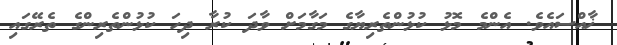
ޚާއްސައެވެ. އެންމެ މޮޅު ކުޅުންތެރިޔާގެ މަގާމަށް ވާދަ ކުރާ ދިހަ ކުޅުންތެރިންގެ ތެރޭގައި